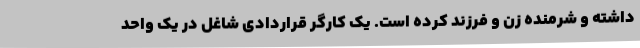
داشته و شرمنده زن و فرزند کرده است. یک کارگر قراردادی شاغل در یک واحد